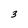
Character: 3